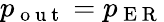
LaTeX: p_{\mathrm{~o~u~t~}}=p_{\mathrm{~E~R~}}